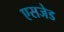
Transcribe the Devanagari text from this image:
एसजेड